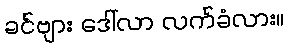
ခင်ဗျား ဒေါ်လာ လက်ခံလား။